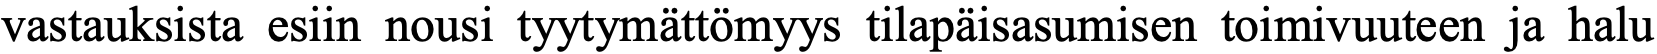
vastauksista esiin nousi tyytymättömyys tilapäisasumisen toimivuuteen ja halu